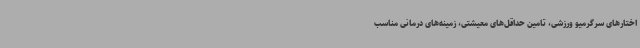
اختارهای سرگرمیو ورزشی، تامین حداقل‌های معیشتی، زمینه‌های درمانی مناسب